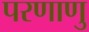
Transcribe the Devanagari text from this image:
परणाणु